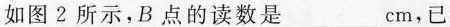
如图2所示，B点的读数是___cm，已